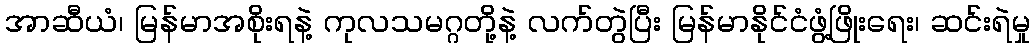
အာဆီယံ၊ မြန်မာအစိုးရနဲ့ ကုလသမဂ္ဂတို့နဲ့ လက်တွဲပြီး မြန်မာနိုင်ငံဖွံ့ဖြိုးရေး၊ ဆင်းရဲမှု